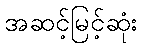
အဆင့်မြင့်ဆုံး